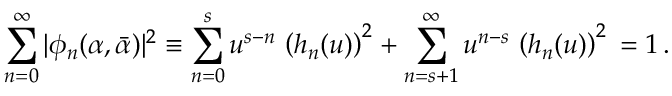
\displaystyle \sum _ { n = 0 } ^ { \infty } \vert \phi _ { n } ( \alpha , \bar { \alpha } ) \vert ^ { 2 } \equiv \displaystyle \sum _ { n = 0 } ^ { s } u ^ { s - n } \, \left( h _ { n } ( u ) \right) ^ { 2 } + \sum _ { n = s + 1 } ^ { \infty } u ^ { n - s } \, \left( h _ { n } ( u ) \right) ^ { 2 } \, = 1 \, .